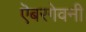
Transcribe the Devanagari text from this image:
ऎबरगेवनी